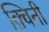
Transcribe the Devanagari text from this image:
क़्विनी